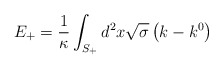
\begin{align*}E_{+}=\frac{1}{\kappa }\int_{S_{+}}^{{}}d^{2}x\sqrt{\sigma }\left(k-k^{0}\right)\end{align*}